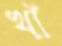
খাঁঁ